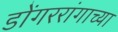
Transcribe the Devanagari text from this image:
डोंगररांगाच्या